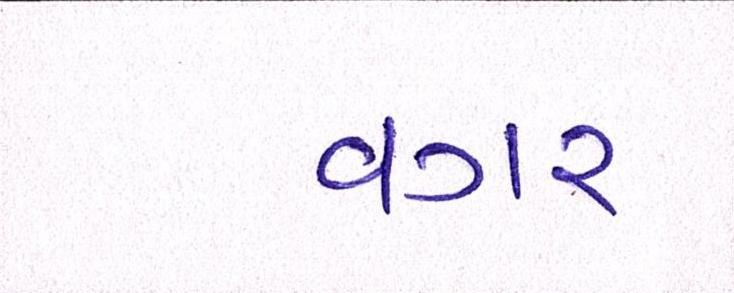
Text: વગર